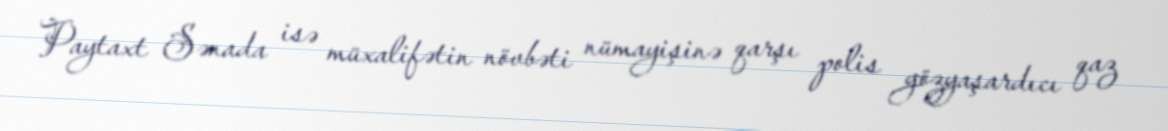
Paytaxt Sənada isə müxalifətin növbəti nümayişinə qarşı polis gözyaşardıcı qaz